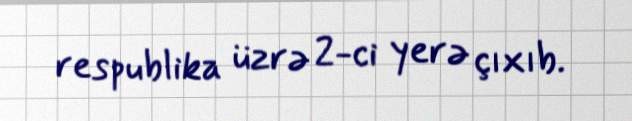
respublika üzrə 2-ci yerə çıxıb.